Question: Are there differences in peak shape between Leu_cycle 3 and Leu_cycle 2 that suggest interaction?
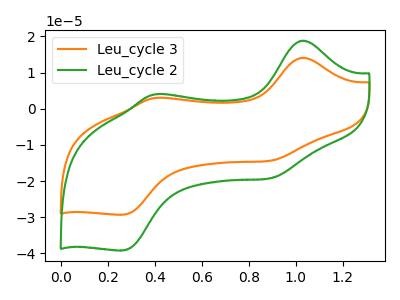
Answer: <think>The orange curve "Leu_cycle 3" has anodic peaks at (1.05V, 14.10uA) (0.40V, 3.00uA) and cathodic peaks at (0.90V, -14.35uA) (0.25V, -29.30uA). The green curve "Leu_cycle 2" has anodic peaks at (1.05V, 18.85uA) (0.40V, 4.00uA) and cathodic peaks at (0.90V, -19.20uA) (0.25V, -39.20uA).
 All the peaks in "Leu_cycle 3" have a peak in "Leu_cycle 2" at the same potential. Every peak in "Leu_cycle 3" is lower than every peak in "Leu_cycle 2".</think>
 <answer>No, "Leu_cycle 3" and "Leu_cycle 2" don't appear to be significantly different in shape</answer>
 <eval>no_change</eval>